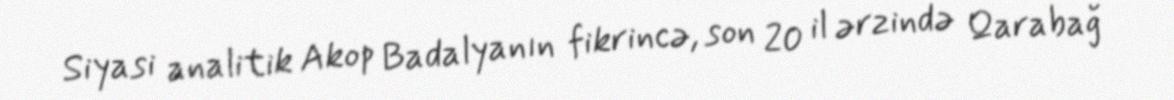
Siyasi analitik Akop Badalyanın fikrincə, son 20 il ərzində Qarabağ